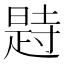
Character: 𣊒